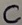
Text: C